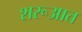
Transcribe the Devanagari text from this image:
शरूआत